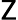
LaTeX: \textsf{Z}